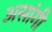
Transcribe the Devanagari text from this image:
असांगी